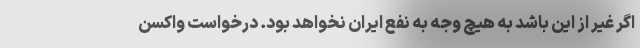
اگر غیر از این باشد به هیچ وجه به نفع ایران نخواهد بود. درخواست واکسن